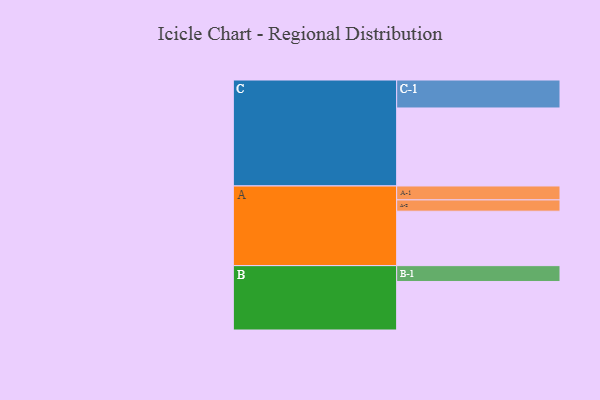
{"axis": {"x": "Segment", "y": "Value"}, "legend": ["", "A", "B", "C"], "data": [{"x": "A", "y": 395, "type": ""}, {"x": "B", "y": 352, "type": ""}, {"x": "C", "y": 566, "type": ""}, {"x": "A-1", "y": 101, "type": "A"}, {"x": "A-2", "y": 82, "type": "A"}, {"x": "B-1", "y": 115, "type": "B"}, {"x": "C-1", "y": 203, "type": "C"}]}